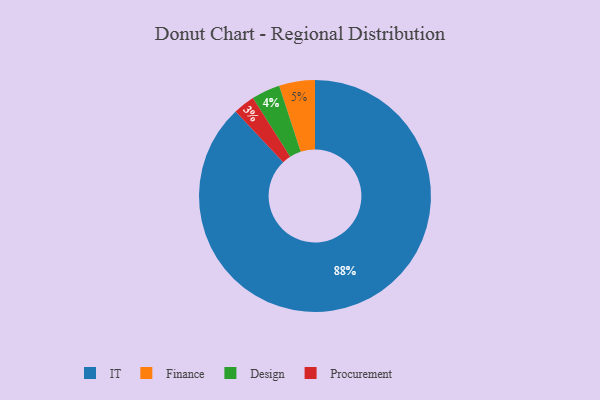
{"axis": {"x": "Category", "y": "Percentage"}, "legend": ["Design", "Finance", "IT", "Procurement"], "data": [{"x": "Procurement", "y": 3, "type": "Procurement"}, {"x": "Design", "y": 4, "type": "Design"}, {"x": "Finance", "y": 5, "type": "Finance"}, {"x": "IT", "y": 88, "type": "IT"}]}